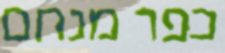
כפר מנחם